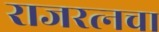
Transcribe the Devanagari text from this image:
राजरत्‍नचा